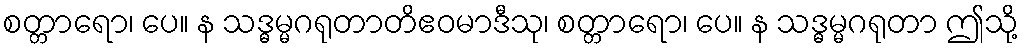
စတ္တာရော၊ ပေ။ န သဒ္ဓမ္မဂရုတာတိဧဝမာဒီသု၊ စတ္တာရော၊ ပေ။ န သဒ္ဓမ္မဂရုတာ ဤသို့